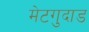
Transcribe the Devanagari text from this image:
मेटगुदाड